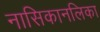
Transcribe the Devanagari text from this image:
नासिकानलिका